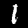
Label: 1